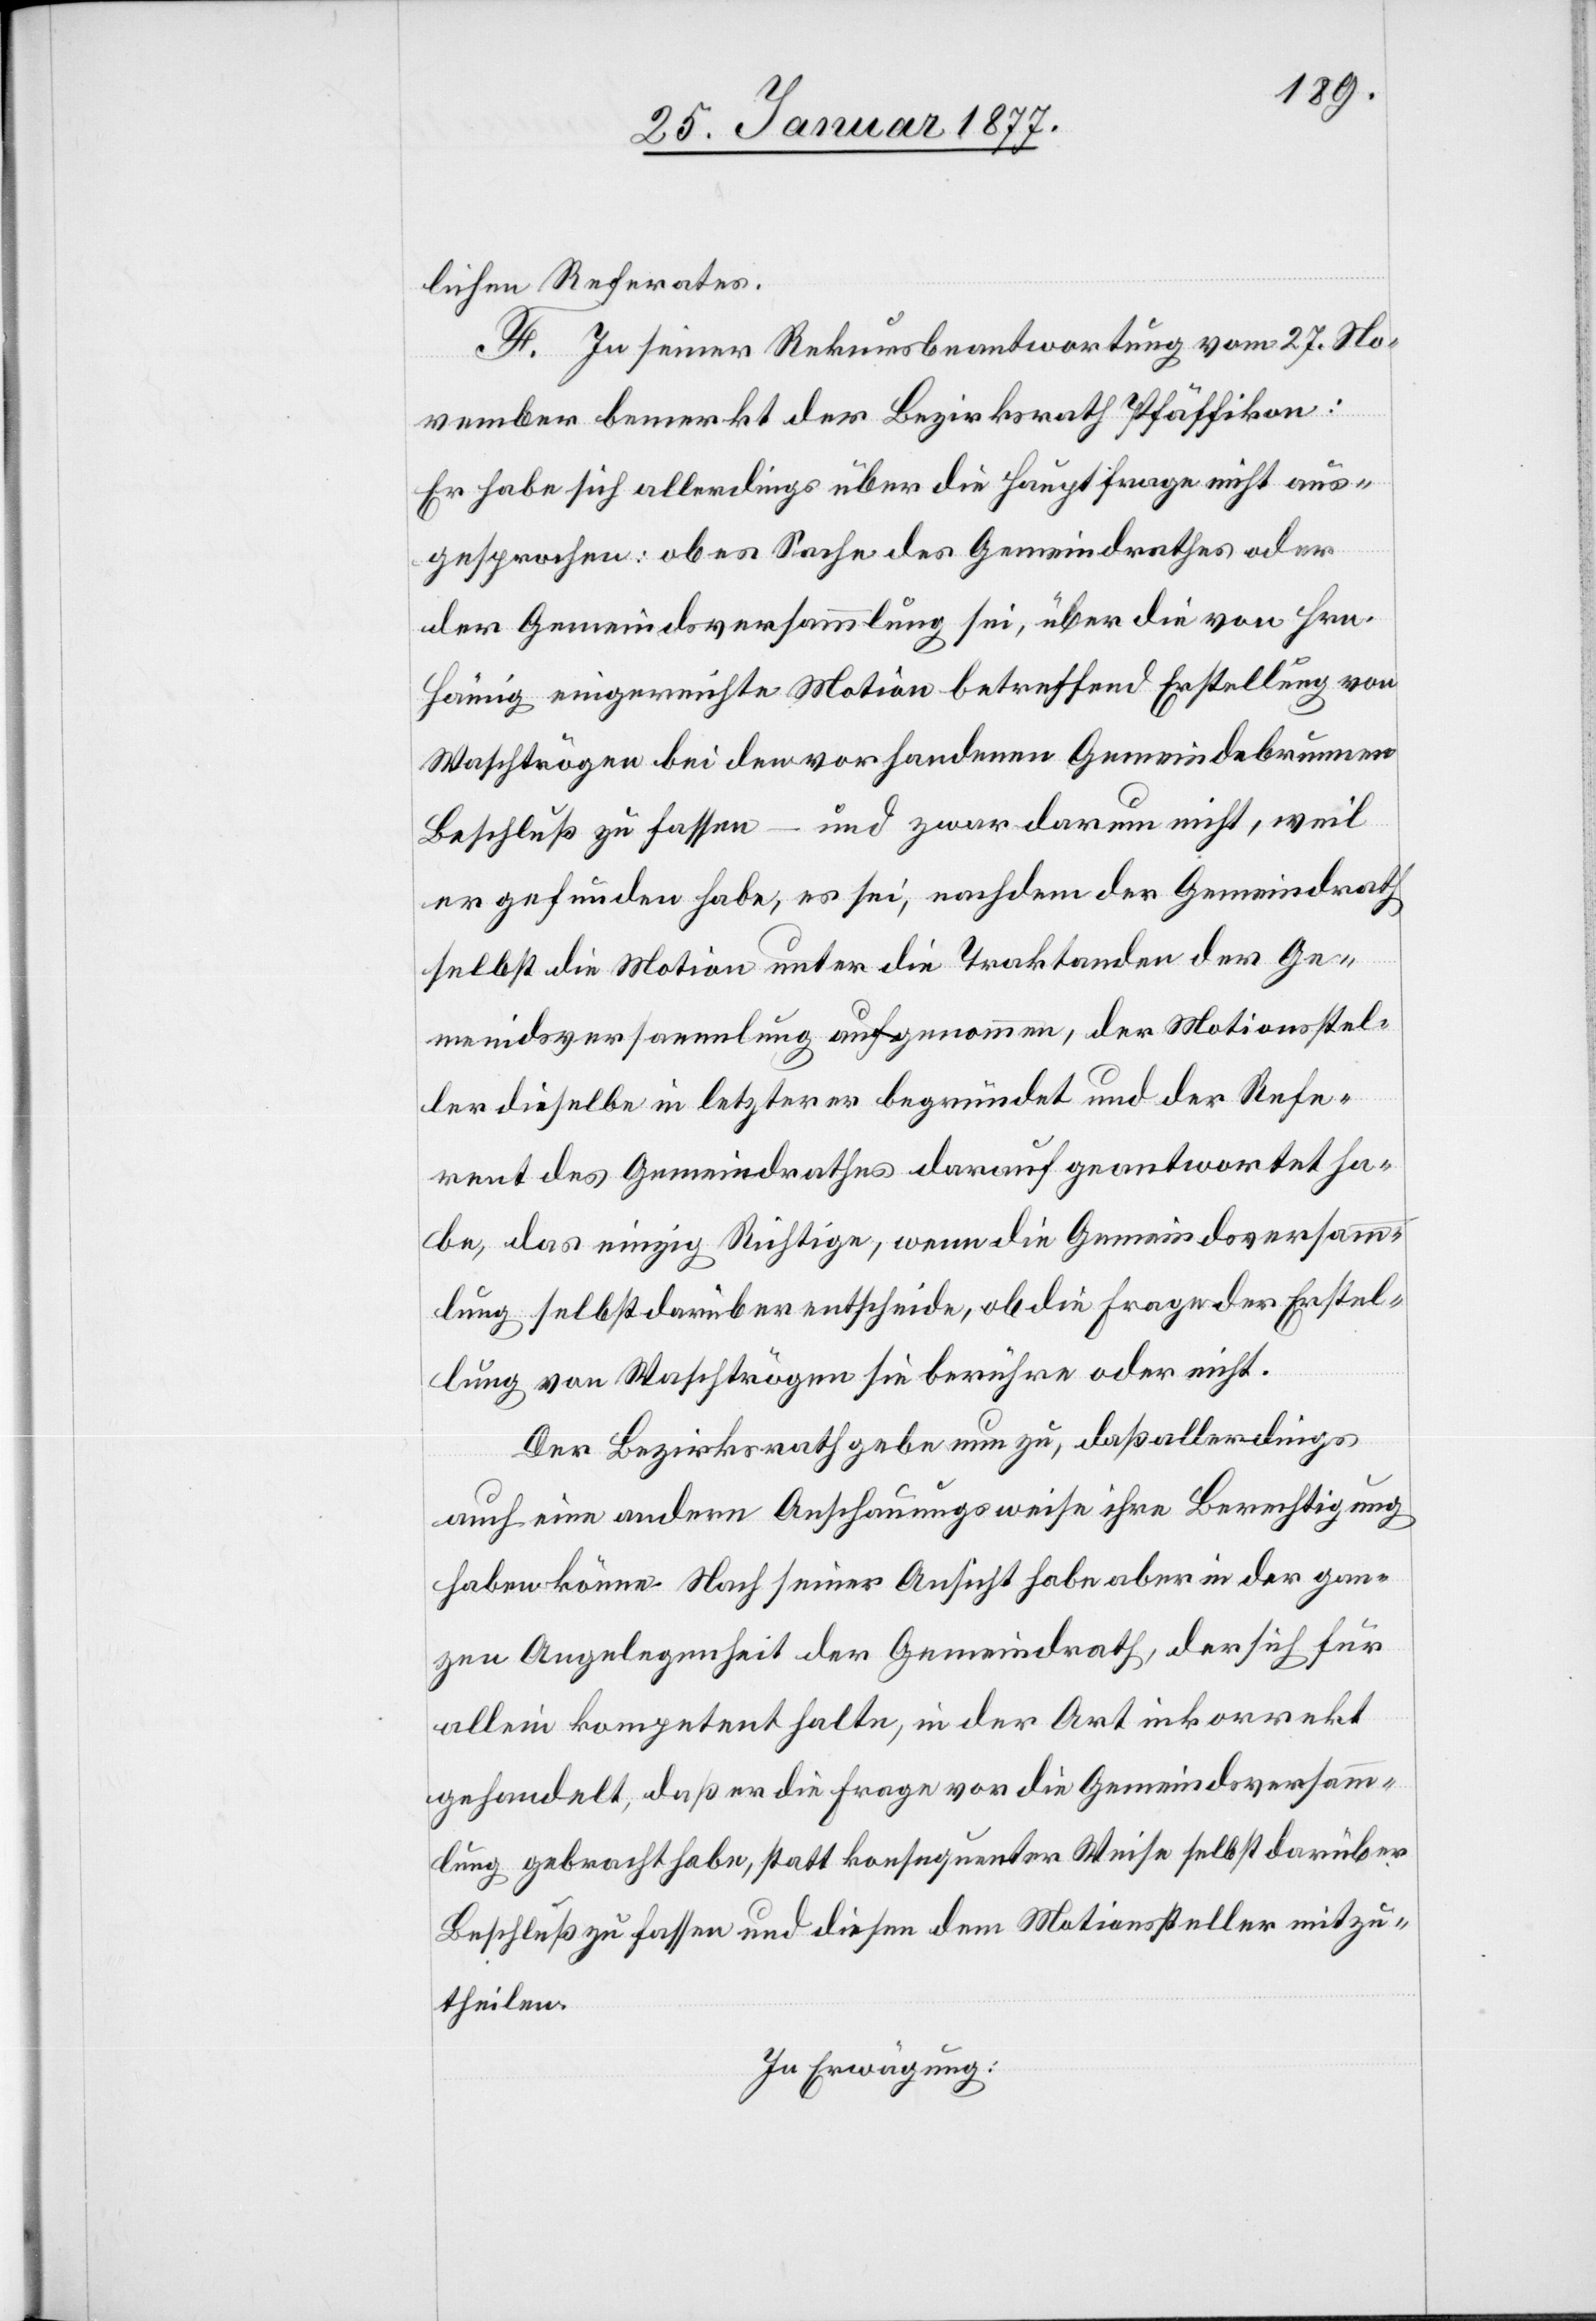
lichen Referates.
F. In seiner Rekursbeantwortung vom 27. No¬
vember bemerkt der Bezirksrath Pfäffikon:
Er habe sich allerdings über die Hauptfrage nicht aus¬
gesprochen; ob es Sache des Gemeindrathes oder
der Gemeindsversammlung sei, über die von Hrn.
Hämig eingereichte Motion betreffend Erstellung von
Waschtrögen bei den vorhandenen Gemeindebrunnen
Beschluß zu fassen – und zwar darum nicht, weil
er gefunden habe, es sei, nachdem der Gemeindrath
selbst die Motion unter die Traktanden der Ge¬
meindsversammlung aufgenommen, der Motionssteller
Referent des Gemeindrathes darauf geantwortet ha¬
be, das einzig Richtige, wenn die Gemeindsversamm¬
lung selbst darüber entscheide, ob die Frage der Erstel¬
lung von Waschtrögen sie berühre oder nicht.
Der Bezirksrath gebe nun zu, daß allerdings
auch eine andere Anschauungsweise ihre Berechtigung
haben könne. Nach seiner Ansicht habe aber in der gan¬
zen Angelegenheit der Gemeindrath, der sich für
allein kompetent halte, in der Art korrekt
gehandelt, daß er die Frage vor die Gemeindsversamm¬
lung gebracht habe, statt konsequenter Weise selbst darüber
Beschluß zu fassen und diesen dem Motionssteller mitzu¬
theilen.
In Erwägung: